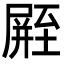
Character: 𪨛